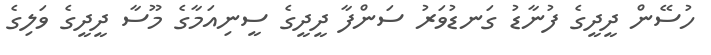
ހުސޭން ދީދީގެ ފުނާޑު ގަނޑުވަރު ސަންފާ ދީދީގެ ސީނިއަމާގެ މޫސާ ދީދީގެ ވަލިގެ